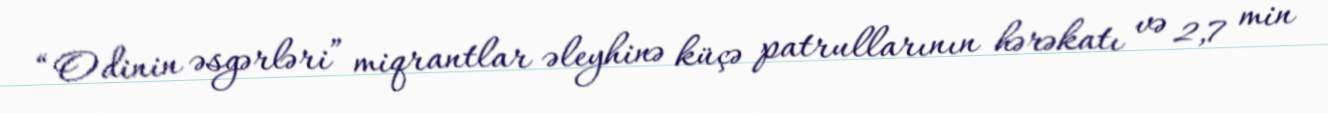
“Odinin əsgərləri” miqrantlar əleyhinə küçə patrullarının hərəkatı və 2,7 min